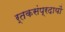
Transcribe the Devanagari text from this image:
र्तकसंप्रदायों